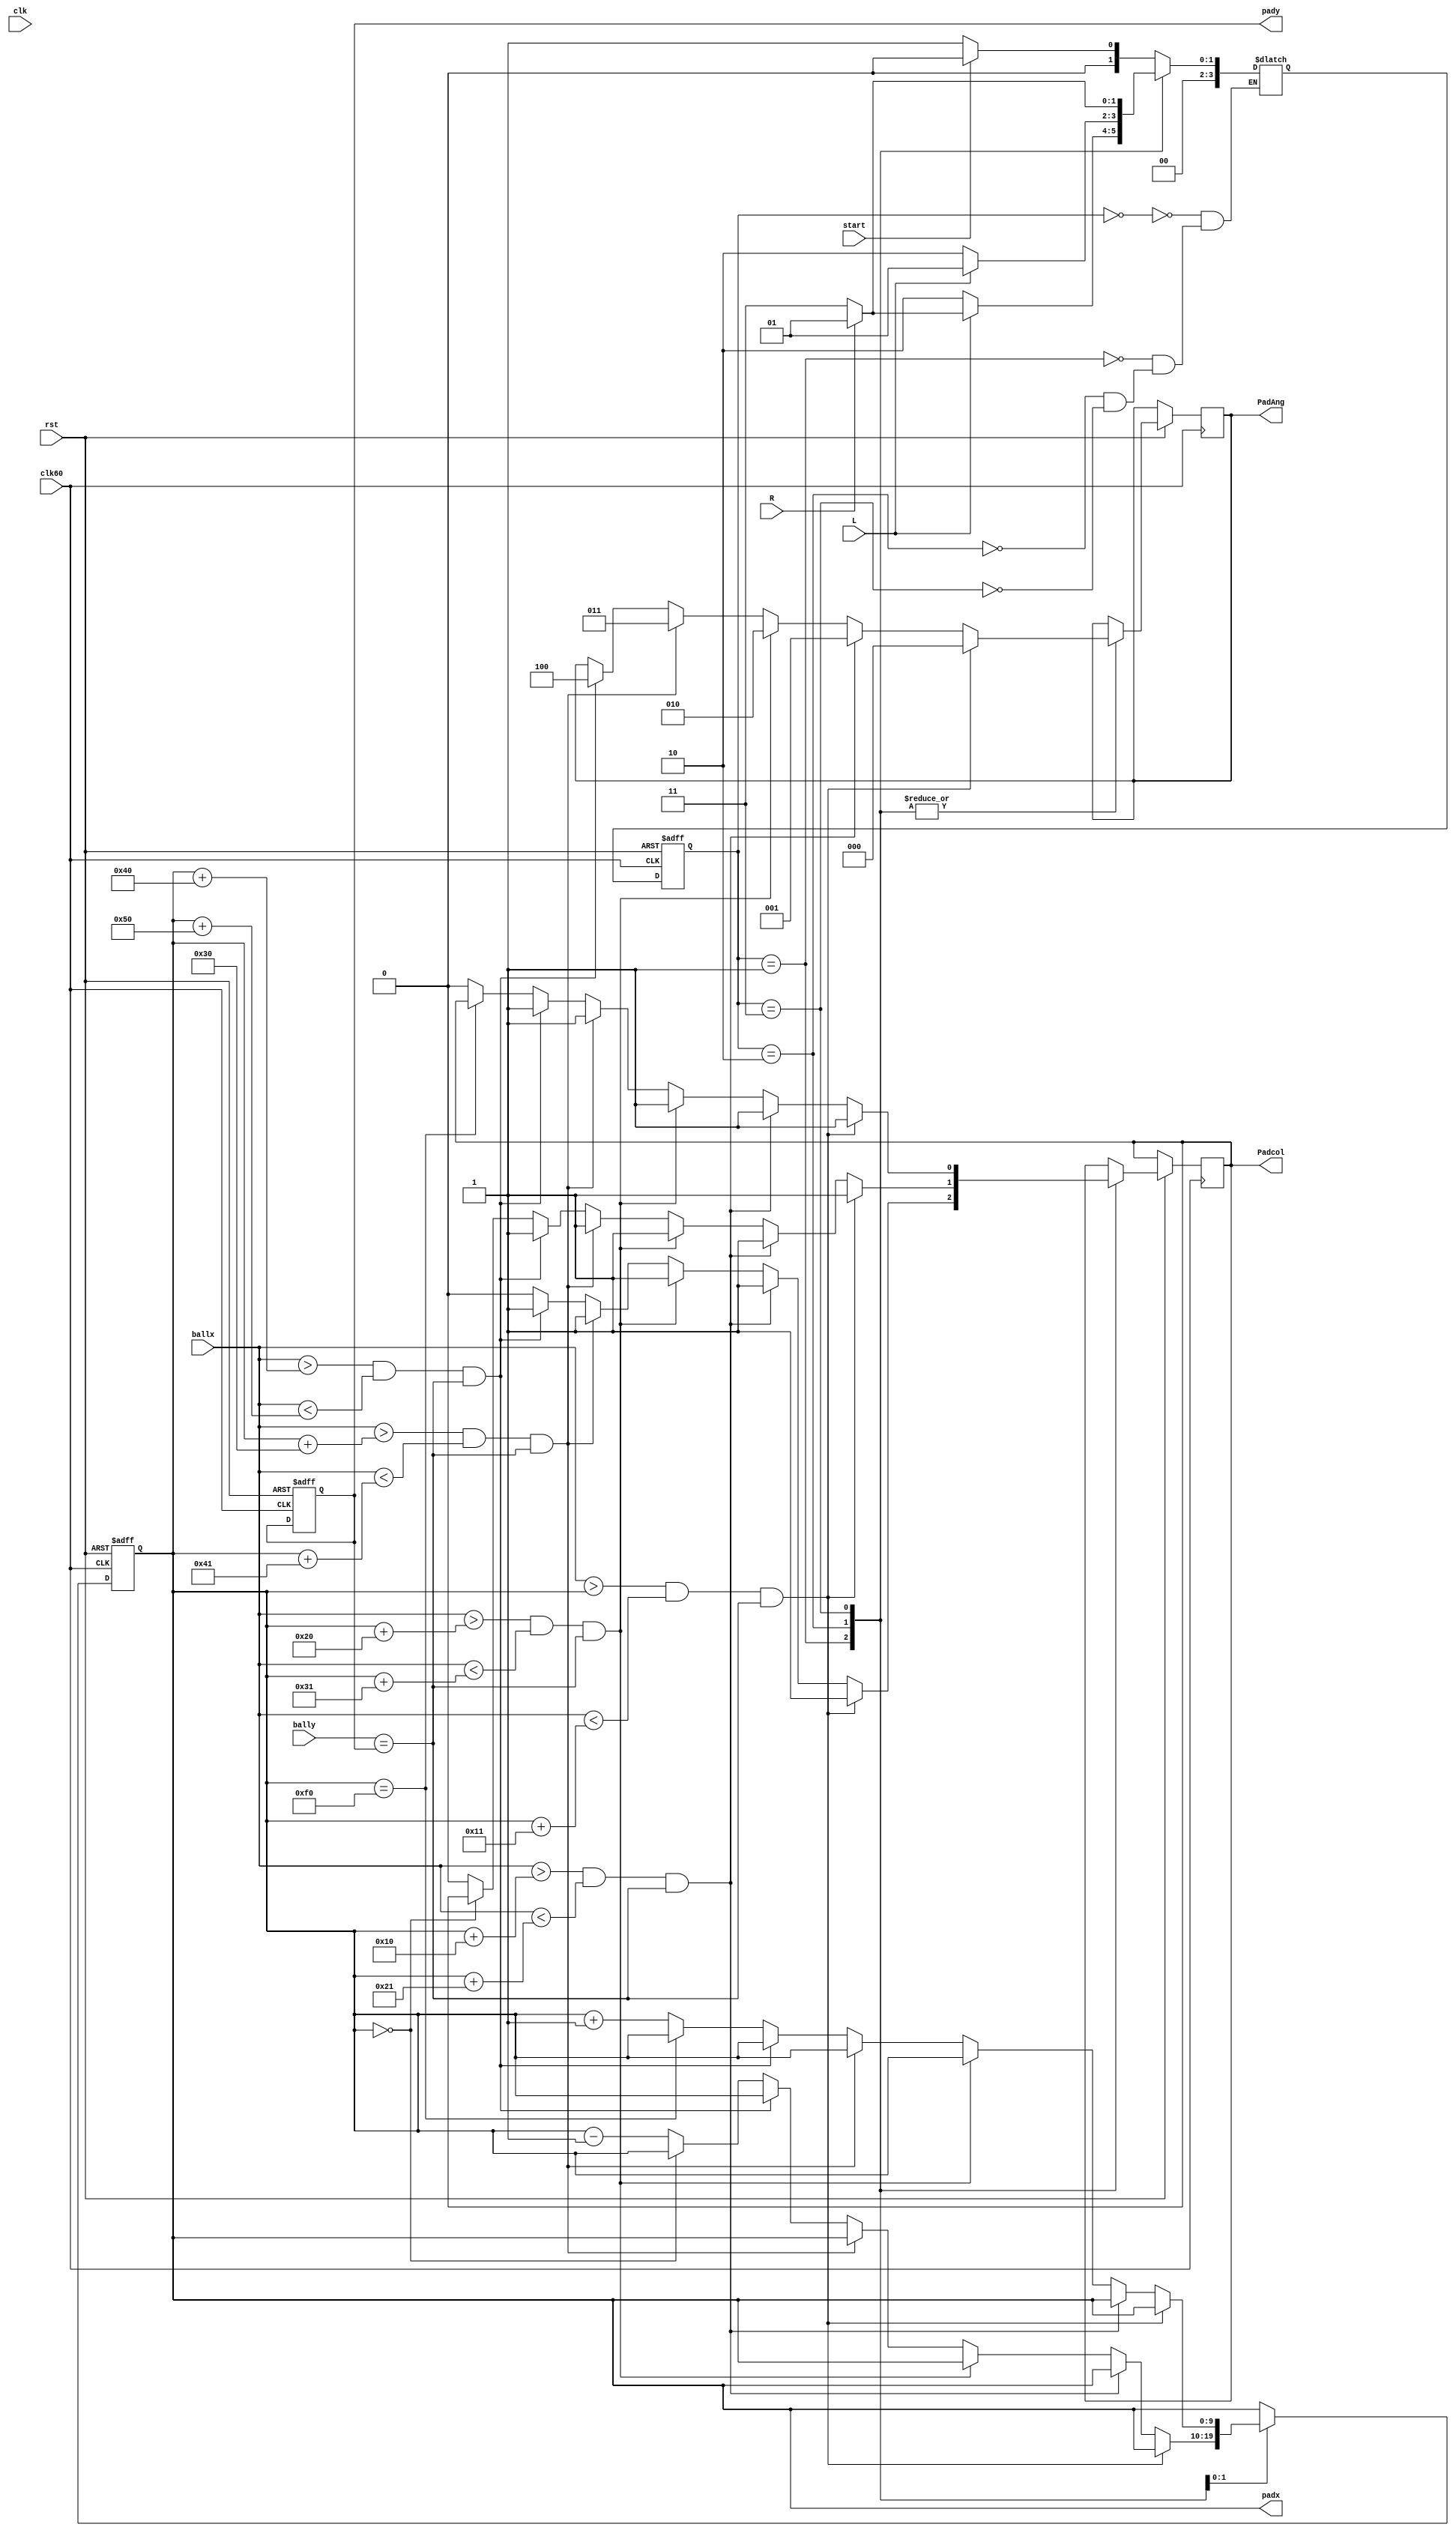
/* 
 * Do not change Module name 
 * PADDLE MOVE MODULE
*/
module Paddlemove(rst, clk, clk60, L, R, start, ballx, bally, padx, pady, Padcol, PadAng);
input rst, clk, clk60, L, R, start;
input [9:0] ballx, bally;
output reg Padcol;
output reg [2:0] PadAng;
output reg [9:0] padx, pady;

reg [3:0] S,NS;

parameter
PadW = 8'd80,
PadH = 5'd20,
PadStartX = 10'd100,
PadStartY = 10'd200,
ScreenW = 10'd320,
ScreenH = 10'd240,
Start = 4'd0,
Wait = 4'd1,
MoveL = 4'd2,
MoveR = 4'd3;

always@(posedge clk60 or negedge rst)
begin
    if(rst == 1'b0)
        S <= Start;
    else
        S <= NS;
end

always@(*)
    case(S)
        Start:
            if(start == 1'b0)
                NS = Wait;
            else
                NS = Start;
        
        Wait:
            if(L == 1'b0)
                NS = MoveL;
            else
            if(R == 1'b0)
                NS = MoveR;
            else
            if(L^~R == 1'b0)
                NS = Wait;
            else
                NS = Wait;
        
        MoveL:
            if(L == 1'b0)
                NS = MoveL;
            else
                NS = Wait;
        
        MoveR:
            if(R == 1'b0)
                NS = MoveR;
            else
                NS = Wait;
    endcase

always@(posedge clk60 or negedge rst)
begin
    if(rst == 1'b0)
    begin
        padx <= PadStartX;
        pady <= PadStartY;
    end
    else
    begin
        case(S)
            Wait:
				begin
                if(ballx > padx && ballx < padx + 17 && bally == pady)
					 begin
                    Padcol <= 1'b1;
                    PadAng <= 3'd0;
					 end
                else
                if(ballx > padx + 16 && ballx < padx + 33 && bally == pady)
					 begin
                    Padcol <= 1'b1;
                    PadAng <= 3'd1;
					 end
                else
                if(ballx > padx + 32 && ballx < padx + 49 && bally == pady)
					 begin
                    Padcol <= 1'b1;
                    PadAng <= 3'd2;
					 end
                else
                if(ballx > padx + 48 && ballx < padx + 65 && bally == pady)
					 begin
                    Padcol <= 1'b1;
                    PadAng <= 3'd3;
					 end
                else
                if(ballx > padx + 64 && ballx < padx + 80 && bally == pady)
					 begin
                    Padcol <= 1'b1;
                    PadAng <= 3'd4;
					 end
                else
					 begin
                    padx <= padx;
                    Padcol <= 1'b0;
					 end
            end
            MoveL:
				begin
                if(ballx > padx && ballx < padx + 17 && bally == pady)
					 begin
                    Padcol <= 1'b1;
                    PadAng <= 3'd0;
					 end
                else
                if(ballx > padx + 16 && ballx < padx + 33 && bally == pady)
					 begin
                    Padcol <= 1'b1;
                    PadAng <= 3'd1;
					 end
                else
                if(ballx > padx + 32 && ballx < padx + 49 && bally == pady)
					 begin
                    Padcol <= 1'b1;
                    PadAng <= 3'd2;
					 end
                else
                if(ballx > padx + 48 && ballx < padx + 65 && bally == pady)
					 begin
                    Padcol <= 1'b1;
                    PadAng <= 3'd3;
					 end
                else
                if(ballx > padx + 64 && ballx < padx + 80 && bally == pady)
					 begin
                    Padcol <= 1'b1;
                    PadAng <= 3'd4;
					 end
                else
                if(padx == 10'd0)
					 begin
                    padx <= padx;
					 end
                else
					 begin
                    padx <= padx - 1;
                    Padcol <= 1'b0;
					 end
				end
            MoveR:
				begin
                if(ballx > padx && ballx < padx + 17 && bally == pady)
					 begin
                    Padcol <= 1'b1;
                    PadAng <= 3'd0;
					 end
                else
                if(ballx > padx + 16 && ballx < padx + 33 && bally == pady)
					 begin
                    Padcol <= 1'b1;
                    PadAng <= 3'd1;
					 end
                else
                if(ballx > padx + 32 && ballx < padx + 49 && bally == pady)
					 begin
                    Padcol <= 1'b1;
                    PadAng <= 3'd2;
					 end
                else
                if(ballx > padx + 48 && ballx < padx + 65 && bally == pady)
					 begin
                    Padcol <= 1'b1;
                    PadAng <= 3'd3;
					 end
                else
                if(ballx > padx + 64 && ballx < padx + 80 && bally == pady)
					 begin
                    Padcol <= 1'b1;
                    PadAng <= 3'd4;
					 end
                else
                if(padx == 10'd240)
					 begin
                    padx <= padx;
					 end
                else
					 begin
                    padx <= padx + 1;
                    Padcol <= 1'b0;
					 end
				end
            endcase
		end
	end
endmodule